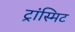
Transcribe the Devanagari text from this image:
ट्रांस्मिट